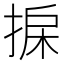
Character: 𢮄